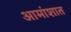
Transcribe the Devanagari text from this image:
आमांशात